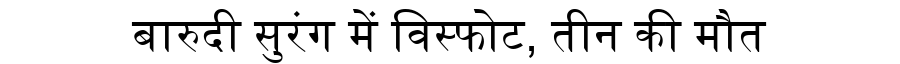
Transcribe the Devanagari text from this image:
बारुदी सुरंग में विस्फोट, तीन की मौत